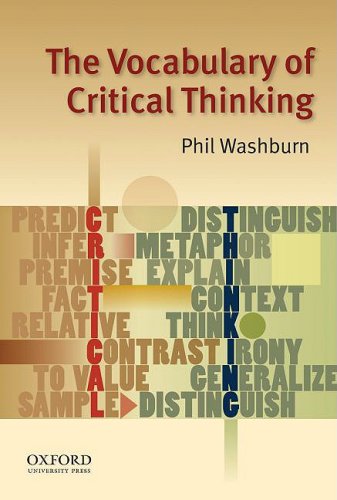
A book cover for The Vocabulary of Critical Thinking; Phil Washburn; Politics & Social Sciences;